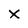
Character: X